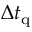
\Delta t _ { \mathrm { q } }